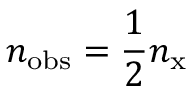
n _ { \mathrm { o b s } } = \frac 1 2 n _ { \mathrm { x } }